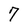
Character: 7